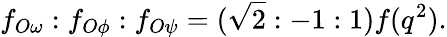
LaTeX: f_{O\omega}:f_{O\phi}:f_{O\psi}=(\sqrt{2}:-1:1)f(q^{2}).